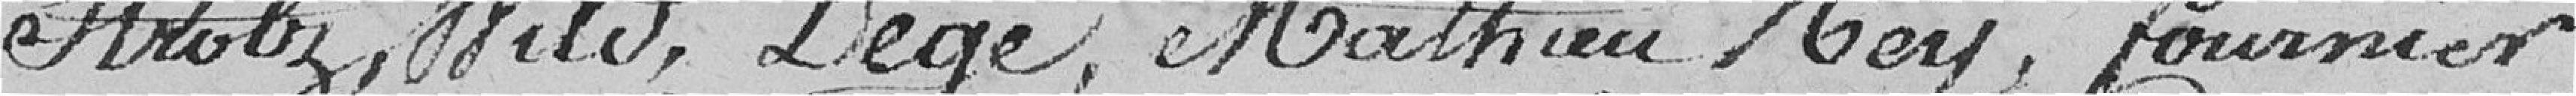
Strobz, Wild, Degé, Mathieu Rey, Fournier,